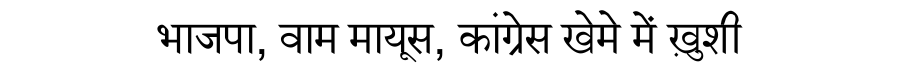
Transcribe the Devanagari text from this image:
भाजपा, वाम मायूस, कांग्रेस खेमे में ख़ुशी